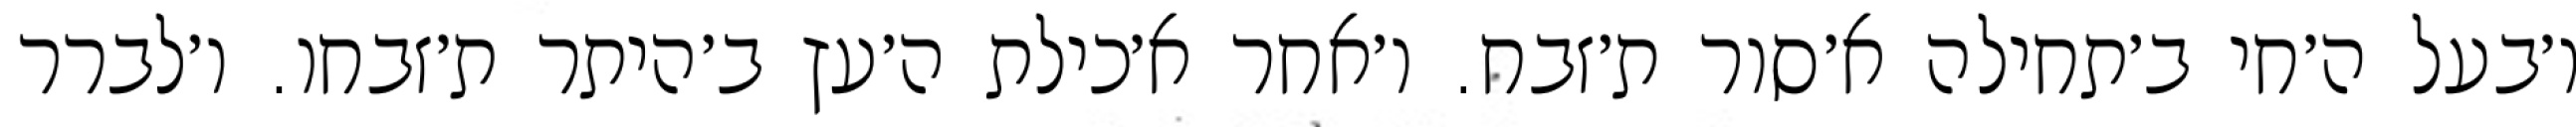
ו׳בעל ה׳חי ב׳תחילה א׳סור ת׳זבח. ו׳אחר א׳כילת ה׳עץ ב׳היתר ת׳זבחו. ו׳לברר